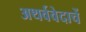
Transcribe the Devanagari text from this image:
अथर्ववेदाचें